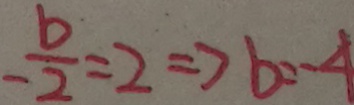
- \frac { b } { 2 } = 2 \Rightarrow b = - 4